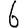
Digit: 6